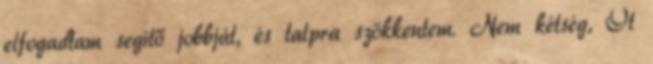
elfogadtam segítő jobbját, és talpra szökkentem. Nem kétség, Őt